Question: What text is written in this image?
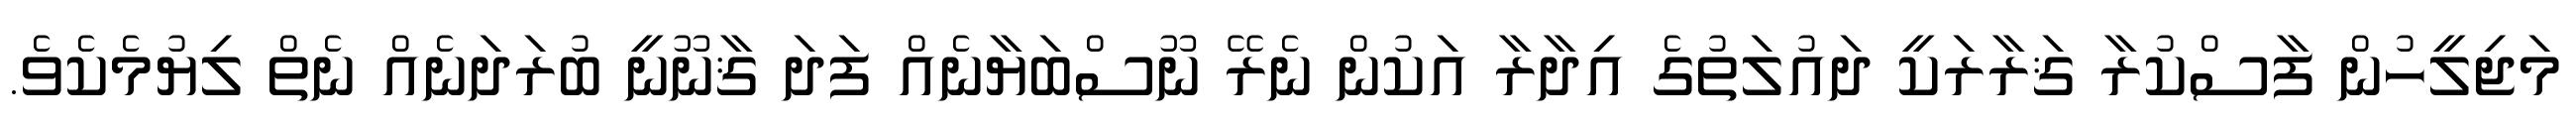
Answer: މަޖިލީހުން ފާސްކުރާ ޤަރާރަކީ ދައުލަތުގެ އިދާރާ އަކުން ނެރޭ ނޫސްބަޔާނެއް ފަދަ ޤާނޫނީ ބުރަދަނެއް ނެތް ލިޔުމެކެވެ.